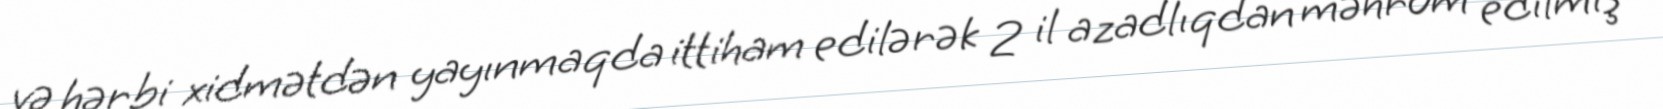
və hərbi xidmətdən yayınmaqda ittiham edilərək 2 il azadlıqdan məhrum edilmiş